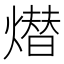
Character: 𤏖